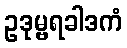
ဥဒုမ္ဗရခါဒကံ